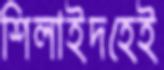
শিলাইদহেই